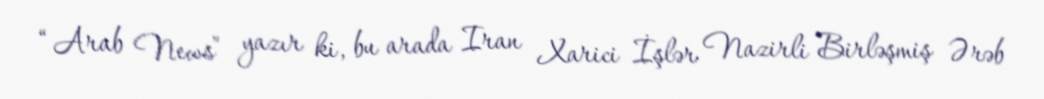
“Arab News” yazır ki, bu arada Iran Xarici İşlər Nazirli Birləşmiş Ərəb